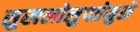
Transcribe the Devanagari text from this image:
सुखलोलुपतेमुळे